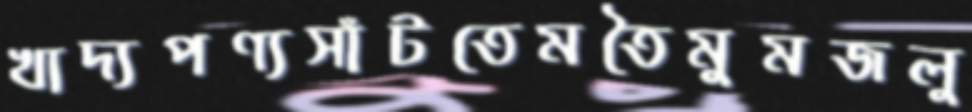
খাদ্যপণ্যসাঁটতেমতৈমুমজলু